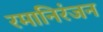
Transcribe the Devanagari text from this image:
रमानिरंजन